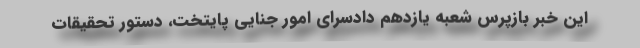
این خبر بازپرس شعبه یازدهم دادسرای امور جنایی پایتخت، دستور تحقیقات